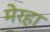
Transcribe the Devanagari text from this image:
मेरहा